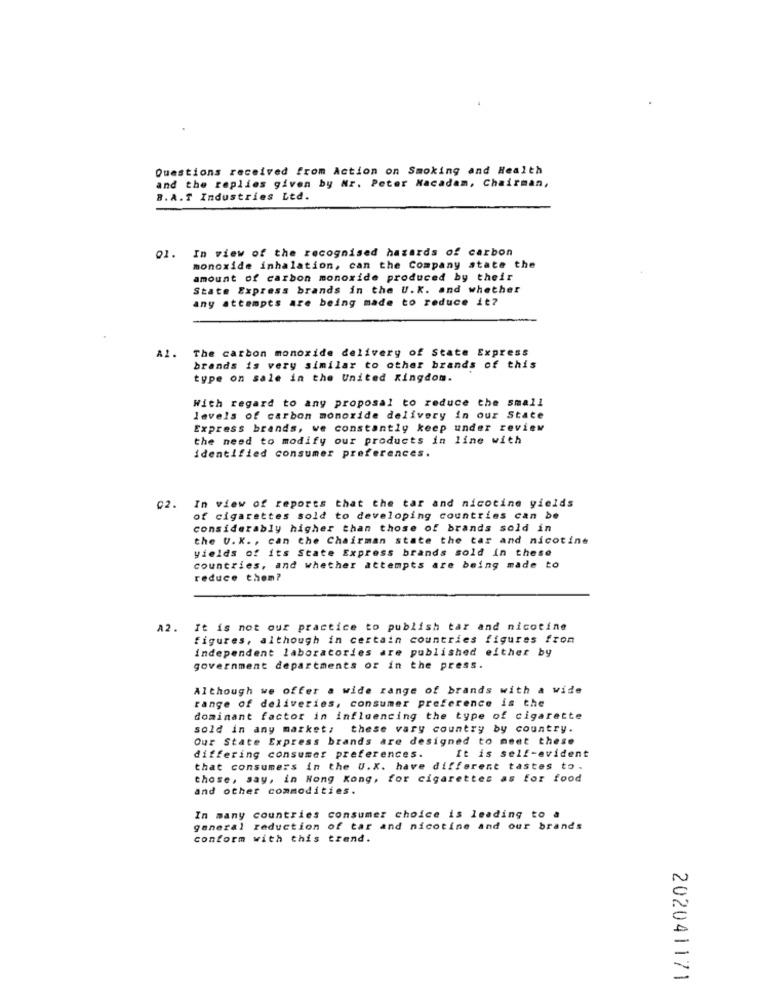
Questions received from Action on Smoking and Health
and the replies given by Nr. Peter Macadam, Chairman,
B.A.T Industries Ltd.
Q1. In view of the recognised hazards of carbon
monoxide inhalation, can the Company state the
amount of carbon monoxide produced by their
State Express brands in the U.K. and whether
any attempts are being made to reduce it?
A1. The carbon monoxide delivery of State Express
brands is very similar to other brands of this
type on sale in the United Kingdom.
With regard to any proposal to reduce the small
levels of carbon monoxide delivery in our State
Express brands, we constantly keep under review
the need to modify our products in line with
identified consumer preferences.
02.
In view of reports that the tar and nicotine yields
of cigarettes sold to developing countries can be
considerably higher than those of brands sold in
the U. K ., can the Chairman state the tar and nicotine
yields of its State Express brands sold in these
countries, and whether attempts are being made to
reduce them?
A2. It is not our practice to publish tar and nicotine
figures, although in certain countries figures from
independent laboratories are published either by
government departments or in the press.
Although we offer a wide range of brands with a wide
range of deliveries, consumer preference is the
dominant factor in influencing the type of cigarette
sold in any market; these vary country by country.
Our State Express brands are designed to meet these
differing consumer preferences.
It is self-evident
that consumers in the U.X. have different tastes to.
those, say, in Hong Kong, for cigarettes as for food
and other commodities.
In many countries consumer choice is leading to a
general reduction of tar and nicotine and our brands
conform with this trend.
202041171